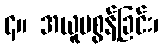
၄။ အယူမစွန့်ခြင်း၊